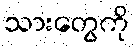
သားတွေကို